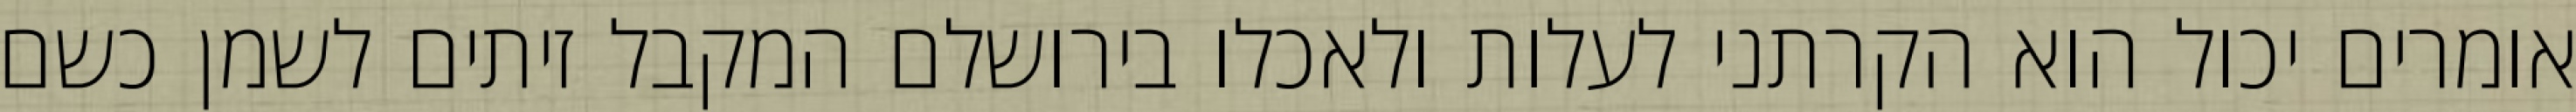
אומרים יכול הוא הקרתני לעלות ולאכלו בירושלם המקבל זיתים לשמן כשם